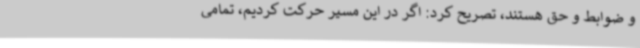
و ضوابط و حق هستند، تصریح کرد: اگر در این مسیر حرکت کردیم، تمامی